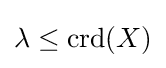
\lambda \leq \operatorname {crd} (X)